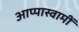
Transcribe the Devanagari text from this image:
आप्पास्वामीं